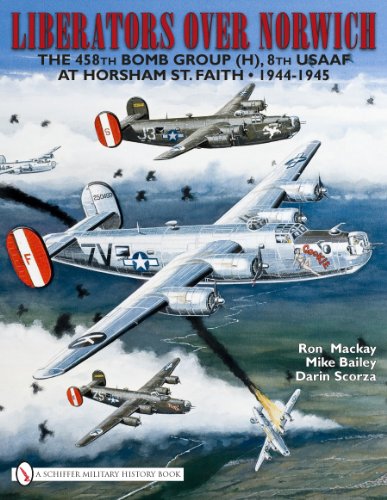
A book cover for Liberators over Norwich: The 458th Bomb Group (H), 8th USAAF at Horsham St. Faith 1944-1945; Ron Mackay; History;